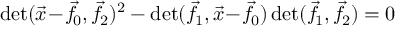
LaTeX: \operatorname* { d e t } ( { \vec { x } } \! - \! { \vec { f } } \! _ { 0 } , { \vec { f } } \! _ { 2 } ) ^ { 2 } - \operatorname* { d e t } ( { \vec { f } } \! _ { 1 } , { \vec { x } } \! - \! { \vec { f } } \! _ { 0 } ) \operatorname* { d e t } ( { \vec { f } } \! _ { 1 } , { \vec { f } } \! _ { 2 } ) = 0